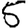
Digit: 5